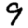
Digit: 9